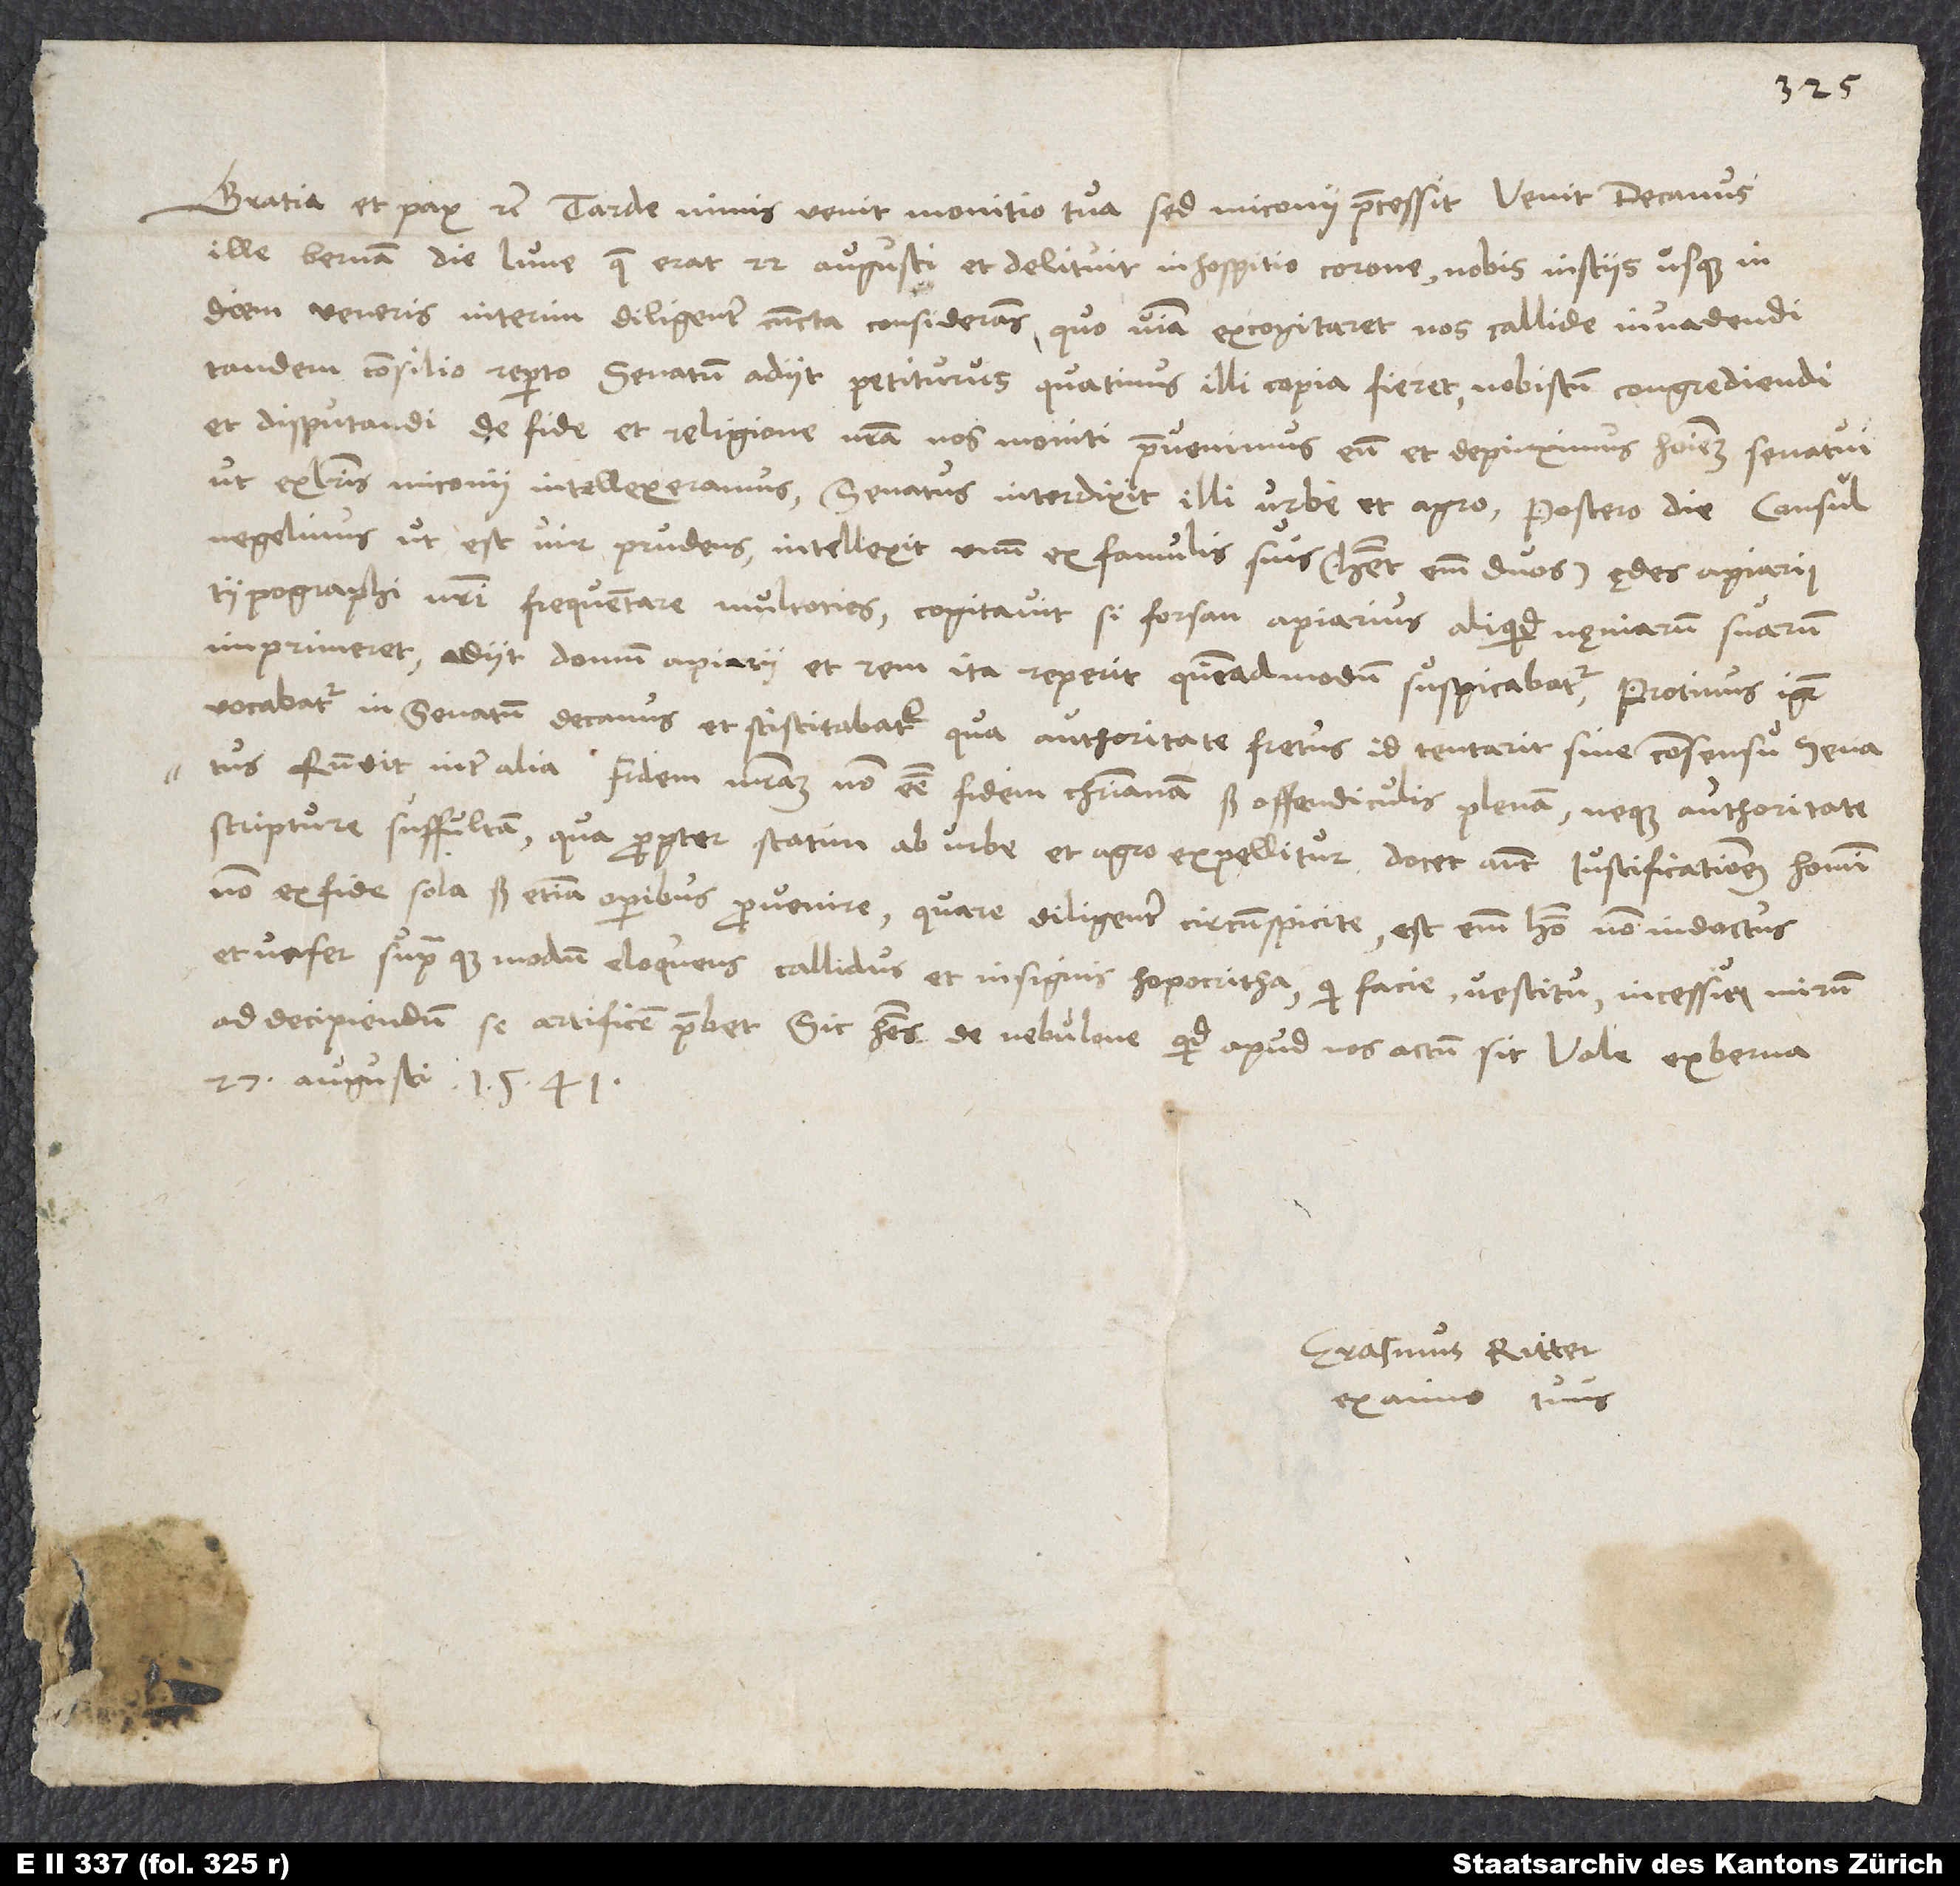
Gratia et pax etc. S. Tarde nimis venit monitio tua, sed Miconii praecessit. Venit decanus
ille Bernam die lune, quae erat 22. augusti, et delituit in hospitio corone nobis insciis usque in
diem Veneris interim diligenter omnia considerans, quo viam excogitaret nos callide invadendi.
Tandem consilio reperto senatum adiit petiturus, quatinus illi copia fieret nobiscum congrediendi
et disputandi de fide et religione nostra. Nos moniti praevenimus eum et depinximus hominem senatui,
ut ex literis Miconii intellexeramus. Senatus interdixit illi urbe et agro. Postero die consul
Negelinus, ut est vir prudens, intellexit unum e famulis suis (habet enim duos) ędes Apiarii,
typographi nostri, frequentare multoties. Cogitavit, si forsan Apiarius aliquid nęniarum suarum
imprimeret. Adiit domum Apiarii et rem ita reperit, quemadmodum suspicabatur. Protinus igitur
vocabatur in senatum decanus et sciscitabatur, qua authoritate fretus id tentarit sine consensu senatus.
Respondit inter alia fidem nostram non esse fidem christianam, sed offendiculis plenam neque authoritate
scripture suffultam, quapropter statim ab urbe et agro expellitur. Docet autem iustificationem homini
non ex fide sola, sed etiam operibus provenire. Quare diligenter circumspicite; est enim homo non indoctus
et vafer supraque modum eloquens, callidus et insignis hopocritha, qui facie, vestitu incessuque mirum
ad decipiendum se artificem praebet. Sic habes, de nebulone quid apud nos actum sit. Vale.
27. augusti 1541.
Erasmus Ritter
ex animo tuus.